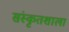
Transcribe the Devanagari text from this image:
संस्कृतशाला